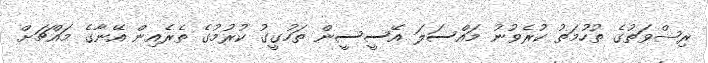
ރިޝްވަތުގެ ތުހުމަތު ކުރެވުނު މައްސަލަ އޭސީސީން ތަހުގީގު ކުރުމުގެ ތެރެއިން އޭނާގެ މައްޗަށް